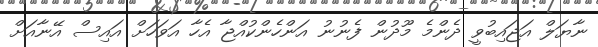
ނާޔަލް އަޖައިބުވީ ދެންމެ މޫދުން ފެނުނު އަންހެންކުއްޖާ އެހާ އަވަހަށް އައިސް އޭނާއަށް